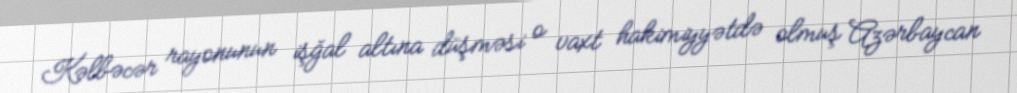
Kəlbəcər rayonunun işğal altına düşməsi o vaxt hakimiyyətdə olmuş Azərbaycan